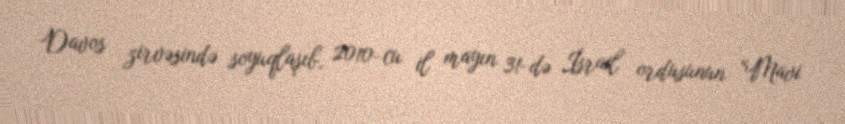
Davos zirvəsində soyuqlaşıb, 2010-cu il mayın 31-də İsrail ordusunun “Mavi